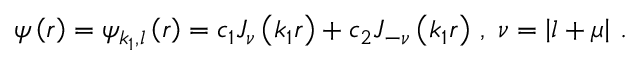
\psi \left( r \right) = \psi _ { k _ { 1 } , l } \left( r \right) = c _ { 1 } J _ { \nu } \left( k _ { 1 } r \right) + c _ { 2 } J _ { - \nu } \left( k _ { 1 } r \right) \, , \; \nu = \left| l + \mu \right| \, .